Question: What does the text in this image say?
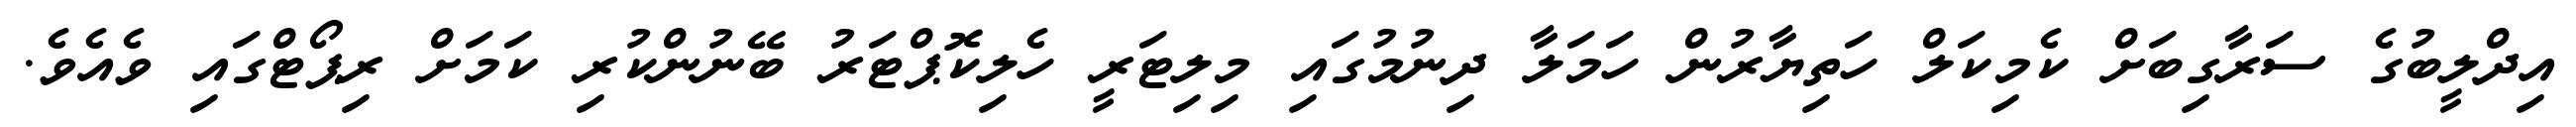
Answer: އިދްލީބުގެ ސަރާގިބަށް ކެމިކަލް ހަތިޔާރުން ހަމަލާ ދިނުމުގައި މިލިޓަރީ ހެލިކޮޕްޓަރު ބޭނުންކުރި ކަމަށް ރިޕޯޓްގައި ވެއެވެ.